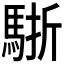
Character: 𩣩